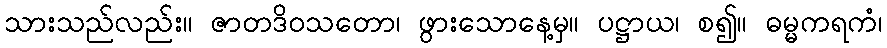
သားသည်လည်း။ ဇာတဒိဝသတော၊ ဖွားသောနေ့မှ။ ပဋ္ဌာယ၊ စ၍။ ဓမ္မကရကံ၊